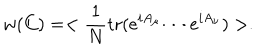
w ( C ) = < \frac { 1 } { N } \mathrm { t r } ( e ^ { i A _ { \mu } } \cdots e ^ { i A _ { \nu } } ) > .